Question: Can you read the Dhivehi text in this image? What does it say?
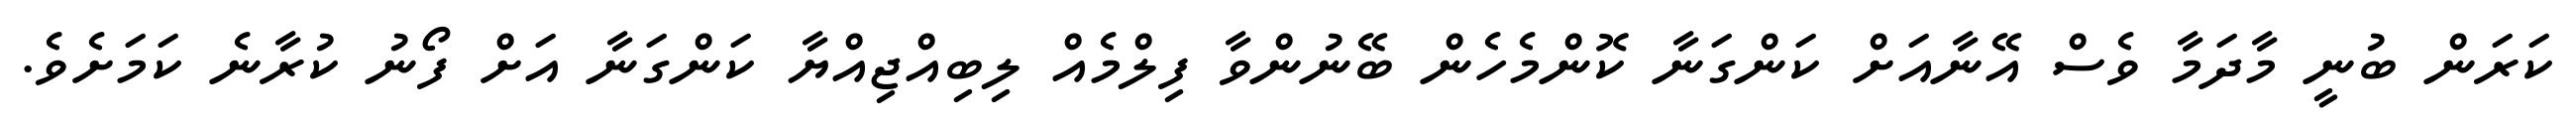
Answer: ކަރަން ބުނީ މާދަމާ ވެސް އޭނާއަށް ކަންގަނާ ކޮންމެހެން ބޭނުންވާ ފިލްމެއް ލިބިއްޖިއްޔާ ކަންގަނާ އަށް ފޯނު ކުރާނެ ކަމަށެވެ.